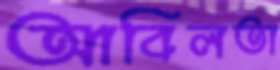
আবিলতা